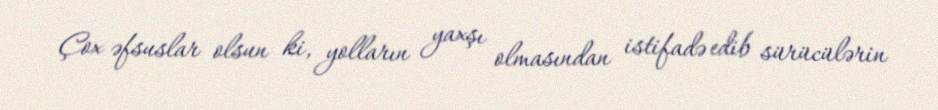
Çox əfsuslar olsun ki, yolların yaxşı olmasından istifadə edib sürücülərin